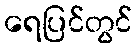
ရေပြင်တွင်